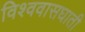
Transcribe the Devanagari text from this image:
विश्ववासघाती